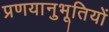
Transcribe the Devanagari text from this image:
प्रणयानुभूतियों